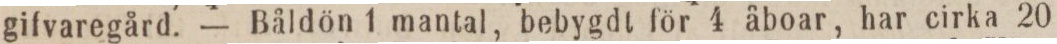
gifvaregård. — Båldön 1 mantal, bebygdt för 4 åboar, har cirka 20